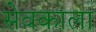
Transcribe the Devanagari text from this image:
सेवकाला